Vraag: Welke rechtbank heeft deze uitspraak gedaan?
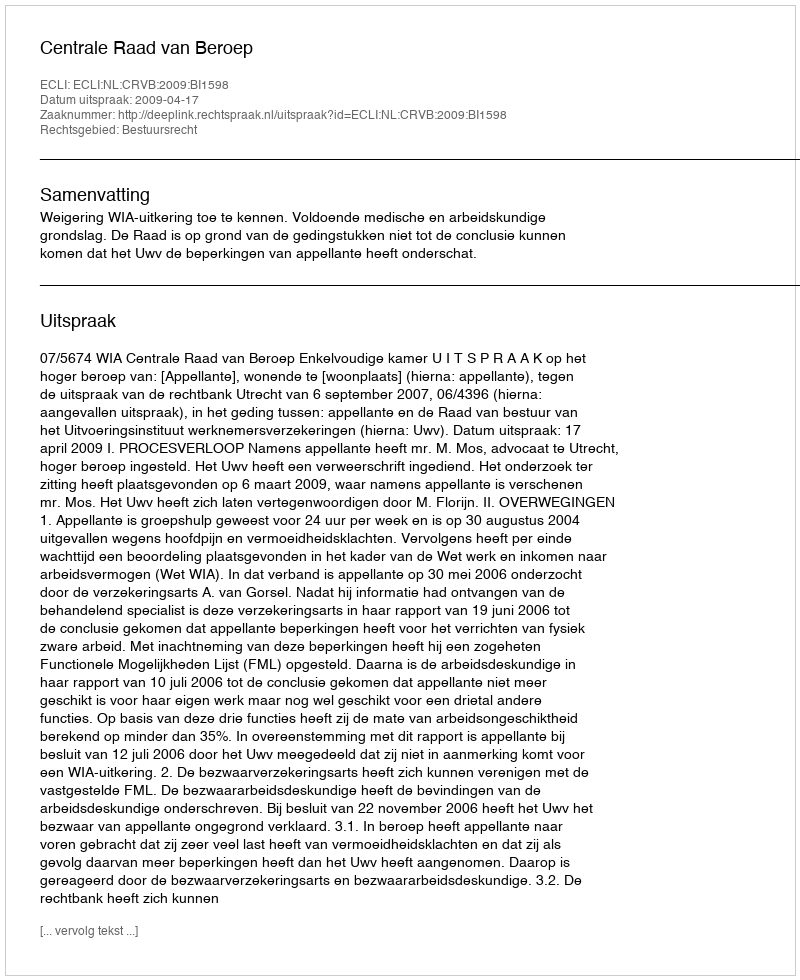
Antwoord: Centrale Raad van Beroep